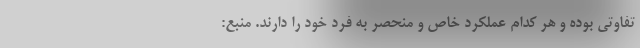
تفاوتی بوده و هر کدام عملکرد خاص و منحصر به فرد خود را دارند. منبع: